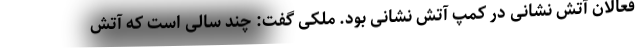
فعالان آتش نشانی در کمپ آتش نشانی بود. ملکی گفت: چند سالی است که آتش